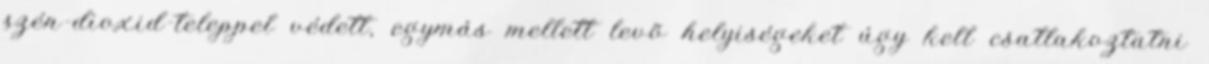
szén-dioxid-teleppel védett, egymás mellett levõ helyiségeket úgy kell csatlakoztatni